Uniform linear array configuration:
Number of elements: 32
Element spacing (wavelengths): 0.25
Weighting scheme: binomial
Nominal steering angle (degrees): -45
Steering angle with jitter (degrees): -43.736
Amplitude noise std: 0.05
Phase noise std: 0.05

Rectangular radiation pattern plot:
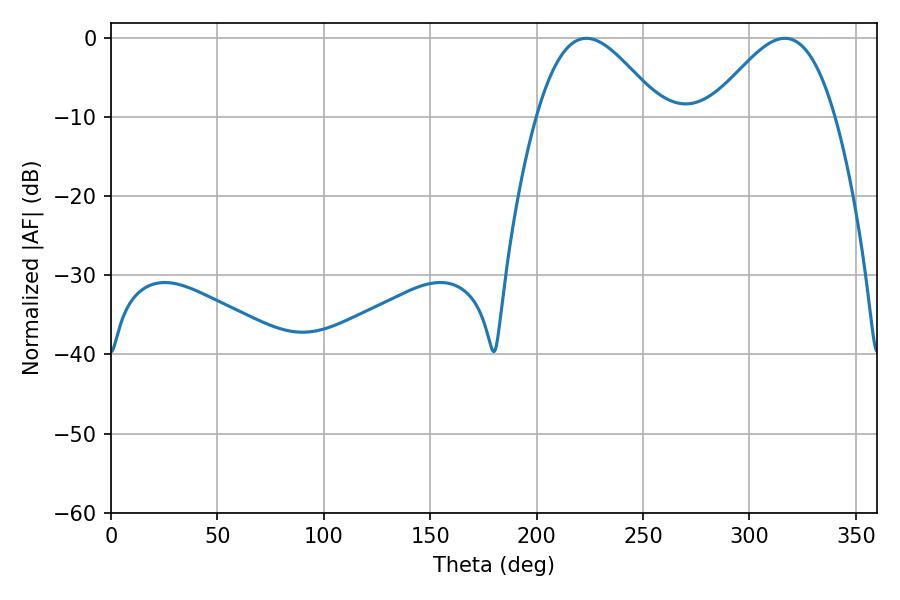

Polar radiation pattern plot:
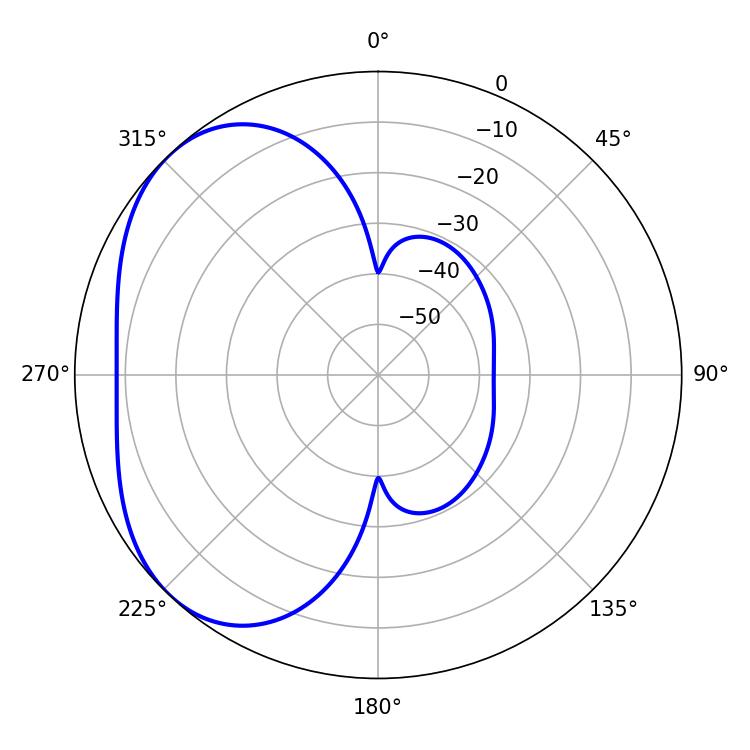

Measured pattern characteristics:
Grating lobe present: FALSE
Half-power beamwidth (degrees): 31.5
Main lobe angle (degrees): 223.38